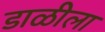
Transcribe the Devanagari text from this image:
डाळीला